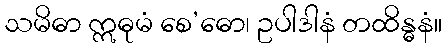
သမိဓာ ဣဓုမံ စေ’ဓော၊ ဥပါဒါနံ တထိန္ဓနံ။